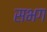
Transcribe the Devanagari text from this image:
सभग